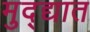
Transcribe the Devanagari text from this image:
मुद्द्यात